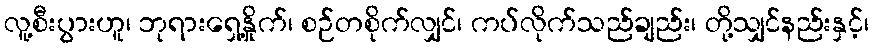
လူ့စီးပွားဟူ၊ ဘုရားရှေ့နှိုက်၊ စဉ်တစိုက်လျှင်၊ ကပ်လိုက်သည်ချည်း၊ တို့သျှင်နည်းနှင့်၊